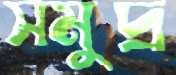
সমুদ্র